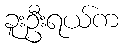
ခူးဦးရယ်က